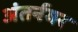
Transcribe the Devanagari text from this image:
अंतर्नगर